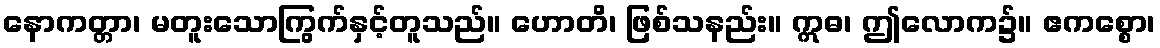
နောကတ္တာ၊ မတူးသောကြွက်နှင့်တူသည်။ ဟောတိ၊ ဖြစ်သနည်း။ ဣဓ၊ ဤလောက၌။ ဧကစ္စော၊